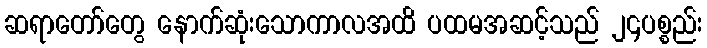
ဆရာတော်တွေ နောက်ဆုံးသောကာလအထိ ပထမအဆင့်သည် ၂၄ပစ္စည်း